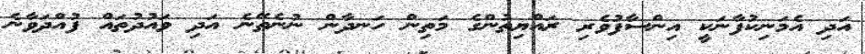
އަދި އެމަނިކުފާނަކީ އިންސާފުވެރި ރައްޔިތުންގެ މަތިން ހަނދާން ނުނެތޭނެ އަދި ވައުދުތައް ފުއްދަވާނެ